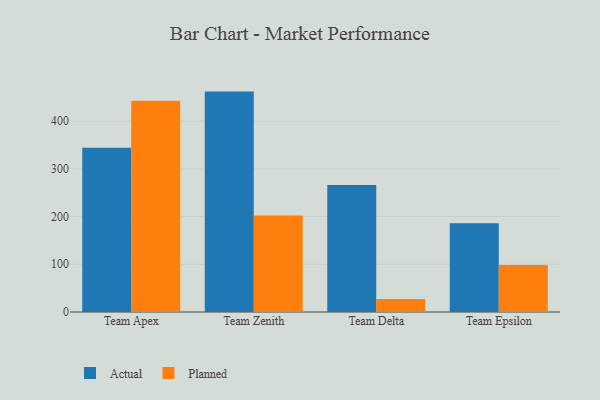
{"axis": {"x": "Team", "y": "Waste Production (Tons)"}, "legend": ["Actual", "Planned"], "data": [{"x": "Team Apex", "y": 344.0, "type": "Actual"}, {"x": "Team Apex", "y": 442.6, "type": "Planned"}, {"x": "Team Zenith", "y": 461.9, "type": "Actual"}, {"x": "Team Zenith", "y": 202.2, "type": "Planned"}, {"x": "Team Delta", "y": 266.1, "type": "Actual"}, {"x": "Team Delta", "y": 27.2, "type": "Planned"}, {"x": "Team Epsilon", "y": 186.1, "type": "Actual"}, {"x": "Team Epsilon", "y": 98.5, "type": "Planned"}]}